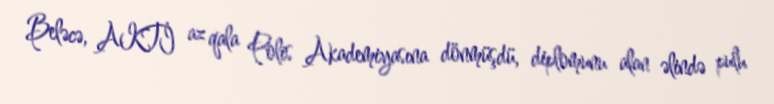
Beləcə, AKTİ az qala Polis Akademiyasına dönmüşdü, diplomunu alan əlində pulu